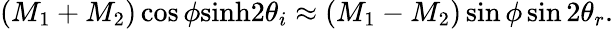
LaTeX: (M_{1}+M_{2})\cos\phi\mathrm{sinh}2\theta_{i}\approx(M_{1}-M_{2})\sin\phi\sin 2\theta_{r}.